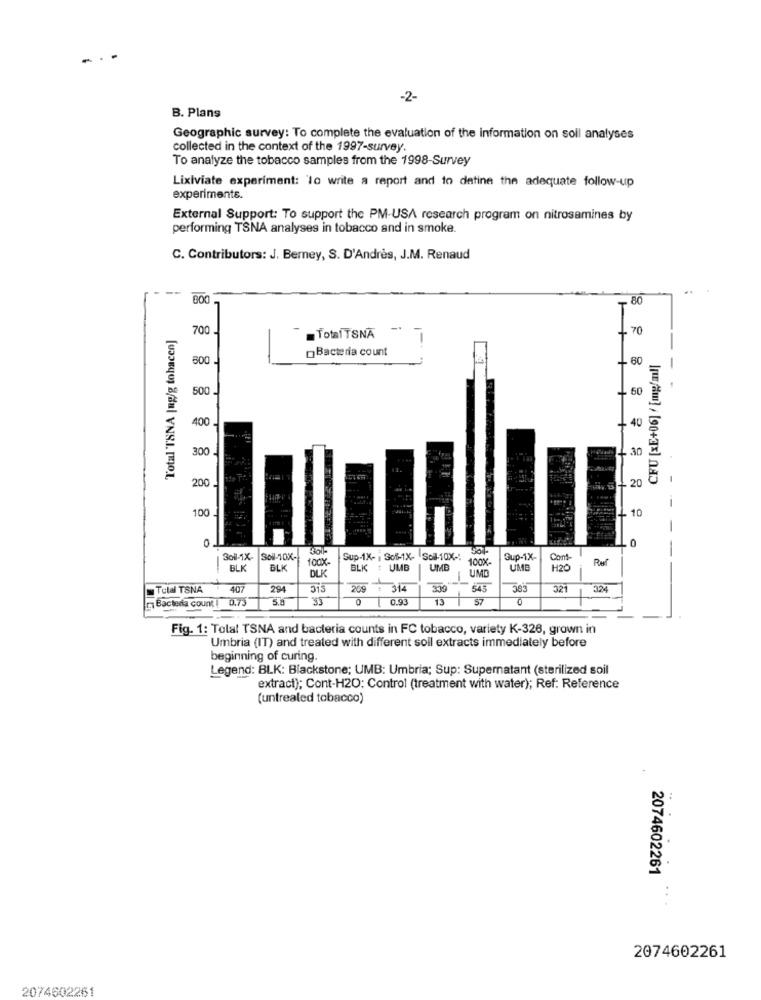
-2-
B. Plans
Geographic survey: To complete the evaluation of the information on soll analyses
collected in the context of the 1997-survey.
To analyze the tobacco samples from the 1998-Survey
Lixiviate experiment: 'lo write a report and to define the adequate follow-up
experimente.
External Support: To support the PM-USA research program on nitrosamines by
performing TSNA analyses in tobacco and in smoke.
C. Contributors: J. Berney, S. D'Andrès, J.M. Renaud
600
80
Total TSNA |mg/g tobacco]
700 -
Total TSNA -
70
Bacteria count
800 -
60
CFU [xE+06] / [mg/ml|
500
60
400 -
40
300
30
20
200
100
10
0
Soll-1X-
SO-10X-
100X-
Sup-1X- : Sof-1X- Soll-10X -:
100X-
Sup-1X-
Cont-
Rel
-
BLK
BLK
DLK
BLK : UMB
UMB
UME
H20
UMD
Total TSNA
407
294
313
269 : 314
3:30
321
324
Bacteria count ( 0,73
0
0.93
13
57
0
Fig. 1: Total TSNA and bacteria counts in FC tobacco, variety K-326, grown in
Umbria (IT) and treated with different soll extracts immediately before
beginning of curing.
Legend: BLK: Blackstone; UMB: Umbria; Sup: Supernatant (sterilized soil
extract); Cont-H2O: Control (treatment with water); Ref: Reference
(untreated tobacco)
20
2074602261
..
2074602261
2074002261